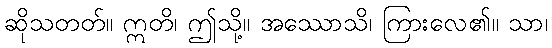
ဆိုသတတ်။ ဣတိ၊ ဤသို့။ အဿောသိ၊ ကြားလေ၏။ သာ၊